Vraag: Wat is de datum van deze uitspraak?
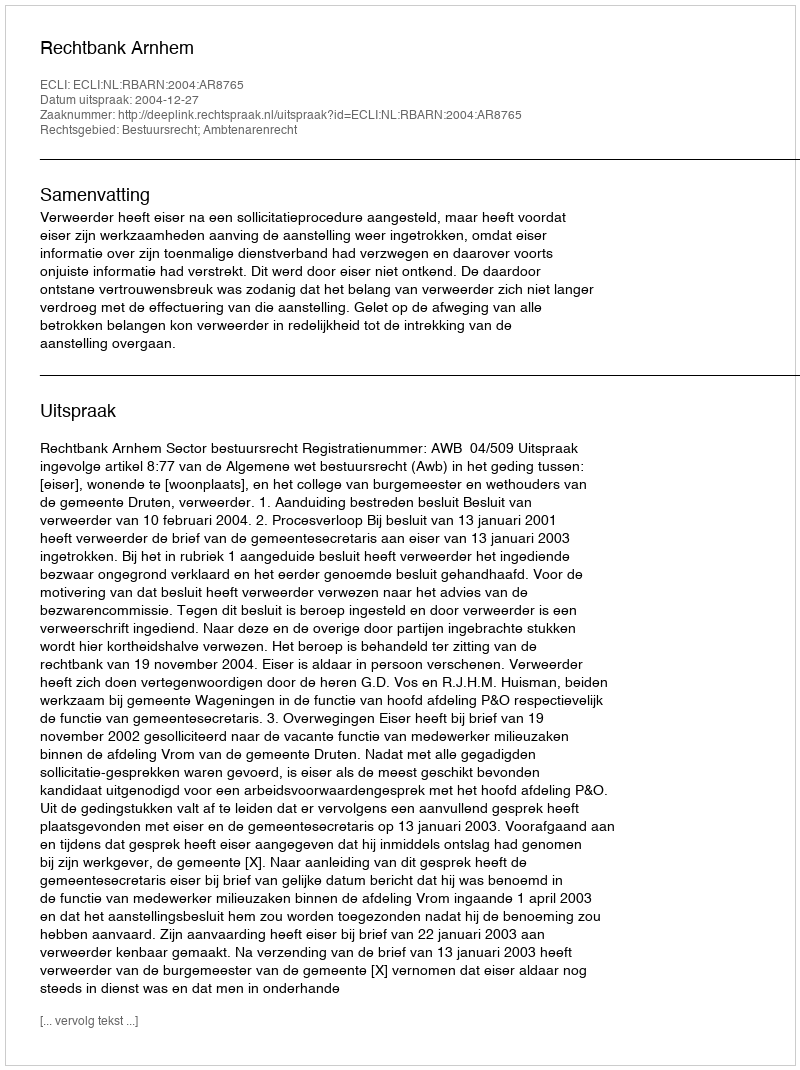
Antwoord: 2004-12-27